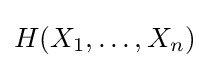
H(X_{1},\ldots ,X_{n})